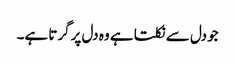
جو دل سے نکلتا ہے وہ دل پرگرتا ہے۔